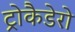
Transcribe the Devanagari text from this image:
ट्रोकैडेरो